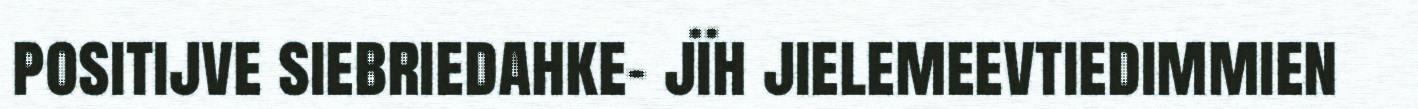
positijve siebriedahke- jïh jielemeevtiedimmien